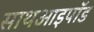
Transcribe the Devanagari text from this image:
साथआइपॉड